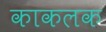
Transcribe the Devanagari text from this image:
काकलक